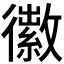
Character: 𪫜